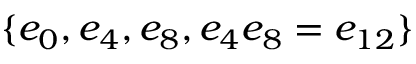
\{ e _ { 0 } , e _ { 4 } , e _ { 8 } , e _ { 4 } e _ { 8 } = e _ { 1 2 } \}